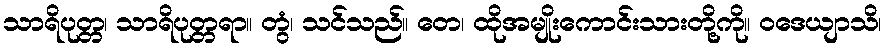
သာရိပုတ္တ၊ သာရိပုတ္တရာ။ တွံ၊ သင်သည်။ တေ၊ ထိုအမျိုးကောင်းသားတို့ကို။ ဝဒေယျာသိ၊